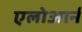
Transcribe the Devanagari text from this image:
एलोआर्न